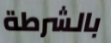
بالشرطة